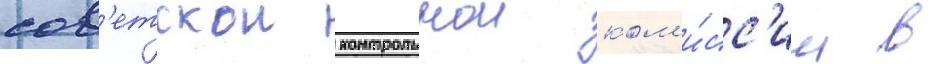
сов'етскои контрольнои ком'и́сс'ии в